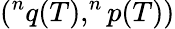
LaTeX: (^{n}q(T),^{n}p(T))